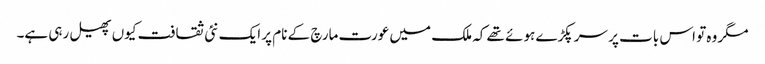
مگر وہ تو اس بات پر سر پکڑے ہوئے تھے کہ ملک میں عورت مارچ کے نام پر ایک نئی ثقافت کیوں پھیل رہی ہے۔